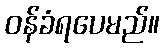
ဝန်ခံရပေမည်။